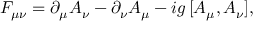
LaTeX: F _ { \mu \nu } = \partial _ { \mu } A _ { \nu } - \partial _ { \nu } A _ { \mu } - i g \, [ A _ { \mu } , A _ { \nu } ] ,